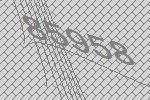
85958